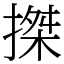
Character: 搩